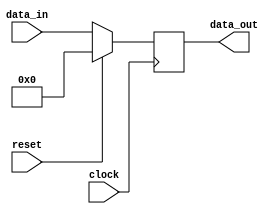
module register (input wire clock, input wire reset, input wire [7:0] data_in, output reg [7:0] data_out);

    reg [7:0] internal_register;

    always @(posedge clock) begin
        if (reset) begin
            internal_register <= 8'b0;
        end else begin
            internal_register <= data_in;
        end
    end

    assign data_out = internal_register;

endmodule